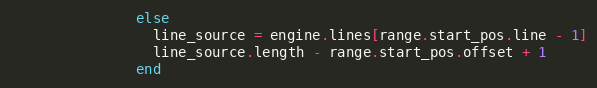
Language: Ruby
               else
                 line_source = engine.lines[range.start_pos.line - 1]
                 line_source.length - range.start_pos.offset + 1
               end